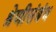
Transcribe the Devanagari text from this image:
श्रेणीसंबंध